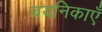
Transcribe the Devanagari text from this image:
चयनिकाएँ